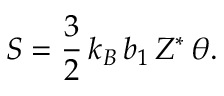
S = \frac { 3 } { 2 } \, k _ { B } \, b _ { 1 } \, Z ^ { * } \, \theta .